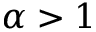
\alpha > 1